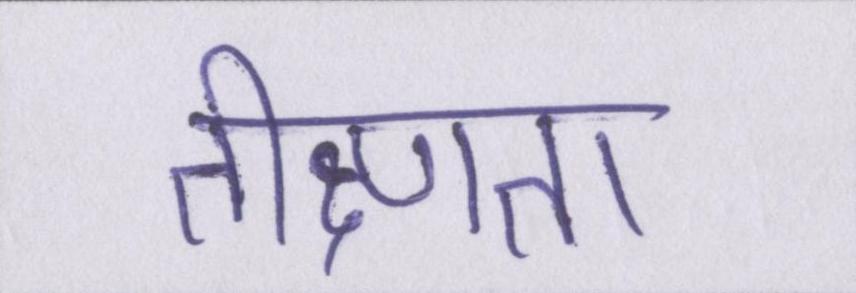
तीक्ष्णता